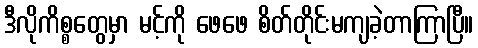
ဒီလိုကိစ္စတွေမှာ မင့်ကို ဖေဖေ စိတ်တိုင်းမကျခဲ့တာကြာပြီ။